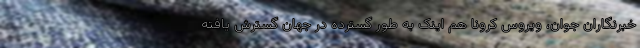
خبرنگاران جوان، ویروس کرونا هم اینک به طور گسترده در جهان گسترش یافته